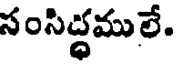
సంసిద్ధములే.